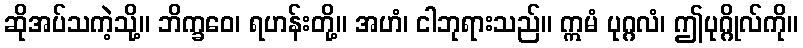
ဆိုအပ်သကဲ့သို့။ ဘိက္ခဝေ၊ ရဟန်းတို့။ အဟံ၊ ငါဘုရားသည်။ ဣမံ ပုဂ္ဂလံ၊ ဤပုဂ္ဂိုလ်ကို။